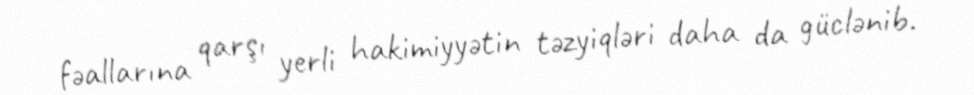
fəallarına qarşı yerli hakimiyyətin təzyiqləri daha da güclənib.